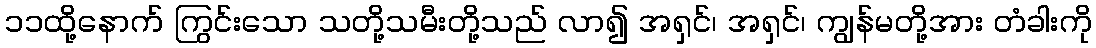
၁၁ထို့နောက် ကြွင်းသော သတို့သမီးတို့သည် လာ၍ အရှင်၊ အရှင်၊ ကျွန်မတို့အား တံခါးကို